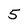
Character: 5